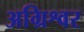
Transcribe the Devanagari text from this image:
अग्रिश्वर